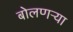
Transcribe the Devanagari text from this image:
बोलणऱ्या